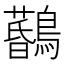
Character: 𪆨